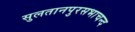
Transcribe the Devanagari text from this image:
सुलतानपुरसभाचन्द